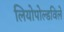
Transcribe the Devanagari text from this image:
लियोपोल्डविले